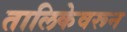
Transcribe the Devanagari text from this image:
तालिकेवरून